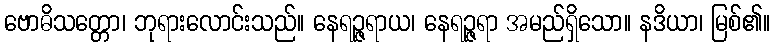
ဗောဓိသတ္တော၊ ဘုရားလောင်းသည်။ နေရဉ္ဇရာယ၊ နေရဉ္ဇရာ အမည်ရှိသော။ နဒိယာ၊ မြစ်၏။